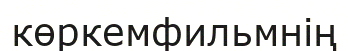
көркемфильмнің